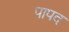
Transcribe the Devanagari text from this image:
पापद